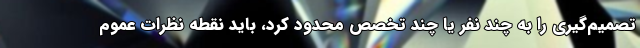
تصمیم‌گیری را به چند نفر یا چند تخصص محدود کرد، باید نقطه نظرات عموم